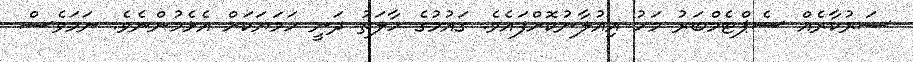
ސަރުކާރެއް ސެޕްޓެމްބަރު މަހު އިއުލާނުކޮށްފައެވެ. ގައުމުގެ ހާލަތު ދަނީ ހަމަޔަކަށް އެޅެމުންނެވެ. ނަމަވެސް